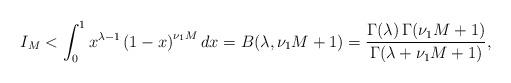
LaTeX: \begin{align*}I_M < \int_0^1 x^{\lambda - 1} \left(1 - x\right)^{\nu_1 M} dx= B(\lambda, \nu_1 M + 1) = \frac{\Gamma(\lambda) \, \Gamma(\nu_1 M + 1)}{\Gamma(\lambda + \nu_1 M + 1)},\end{align*}